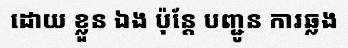
ដោយ ខ្លួន ឯង ប៉ុន្តែ បញ្ជូន ការឆ្លង